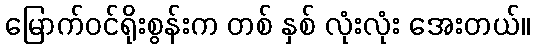
မြောက်ဝင်ရိုးစွန်းက တစ် နှစ် လုံးလုံး အေးတယ်။